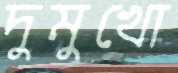
দুমুখো